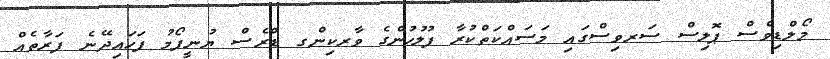
މޯލްޑިވްސް ޕޮލިސް ސަރވިސްގައި މަސައްކަތްކުރާ ފުލުހުންގެ ވާރކިންގ ޑްރެސް ޔުނީފޯމު ފަހައިދޭނެ ފަރާތެއް